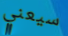
سيعني